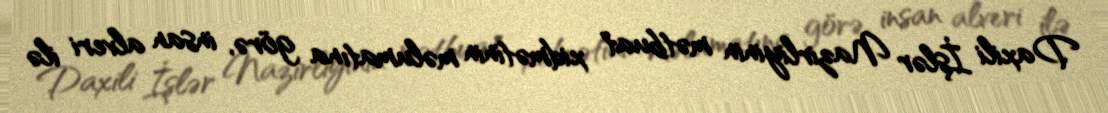
Daxili İşlər Nazirliyinin mətbuat xidmətinin məlumatına görə, insan alveri ilə